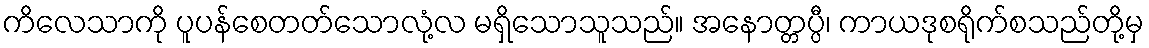
ကိလေသာကို ပူပန်စေတတ်သောလုံ့လ မရှိသောသူသည်။ အနောတ္တပ္ပီ၊ ကာယဒုစရိုက်စသည်တို့မှ